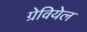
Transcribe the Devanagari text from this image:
ग्रेवियेल